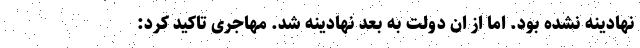
نهادینه نشده بود. اما از ان دولت به بعد نهادینه شد. مهاجری تاکید کرد: